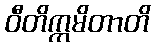
ဝီတိက္ကမိတာတိ